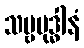
သဗ္ဗဗုဒ္ဓါနံ